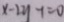
x - 2 y - 1 = 0